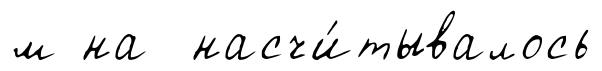
м на насчи́тывалось